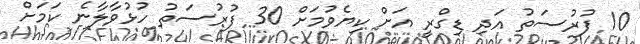
10 ފުރުސަތު އަދި ޑިގްރީ އަށް ކިޔެވުމަށް 30 ފުރުސަތު ހުޅުވާލާނެ ކަމަށް